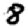
Digit: 8